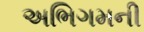
અભિગમની